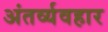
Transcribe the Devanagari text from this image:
अंतर्व्यवहार